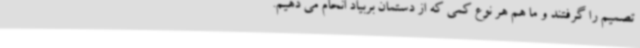
تصمیم را گرفتند و ما هم هر نوع کمی که از دستمان بربیاد انحام می دهیم.